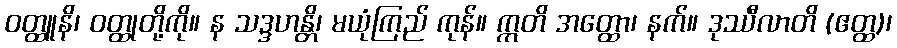
ဝတ္ထူနိ၊ ဝတ္ထုတို့ကို။ န သဒ္ဒဟန္တိ၊ မယုံကြည် ကုန်။ ဣတိ အတ္ထော၊ နက်။ ဒုဿီလာတိ (ဧတ္ထ)၊